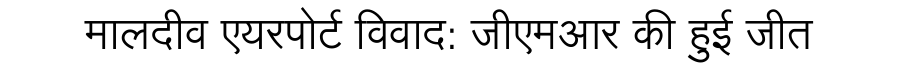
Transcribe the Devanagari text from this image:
मालदीव एयरपोर्ट विवाद: जीएमआर की हुई जीत